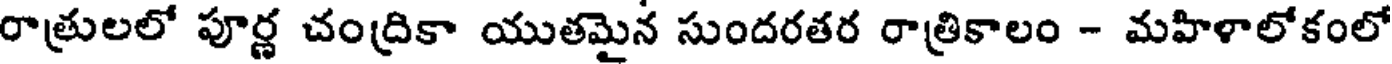
రాత్రులలో పూర్ణ చంద్రికా యుతమైన సుందరతర రాత్రికాలం - మహిళాలోకంలో